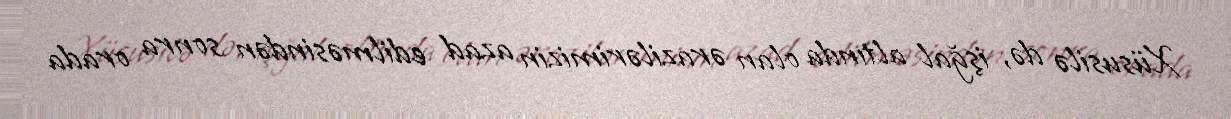
Xüsusilə də, işğal altında olan ərazilərimizin azad edilməsindən sonra orada